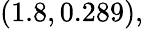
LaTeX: (1.8,0.289),